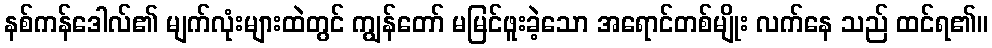
နစ်ကန်ဒေါလ်၏ မျက်လုံးများထဲတွင် ကျွန်တော် မမြင်ဖူးခဲ့သော အရောင်တစ်မျိုး လက်နေ သည် ထင်ရ၏။